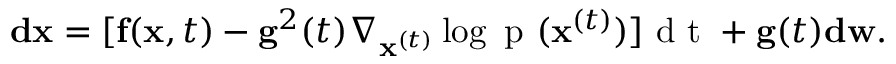
\mathbf { d x } = [ \mathbf { f } ( \mathbf { x } , t ) - \mathbf { g } ^ { 2 } ( t ) \nabla _ { \mathbf { x } ^ { ( t ) } } \log { \mathrm { ~ p ~ } ( \mathbf { x } ^ { ( t ) } ) } ] \mathrm { ~ d ~ t ~ } + \mathbf { g } ( t ) \mathbf { d w } .